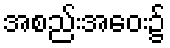
အစည်းအဝေး၌